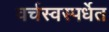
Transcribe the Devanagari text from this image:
वर्चस्वस्पर्धेत